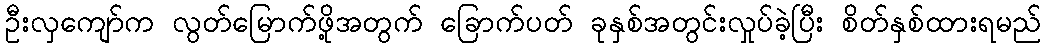
ဦးလှကျော်က လွတ်မြောက်ဖို့အတွက် ခြောက်ပတ် ခုနှစ်အတွင်းလှုပ်ခဲ့ပြီး စိတ်နှစ်ထားရမည်